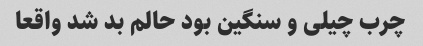
چرب چیلی و سنگین بود حالم بد شد واقعا